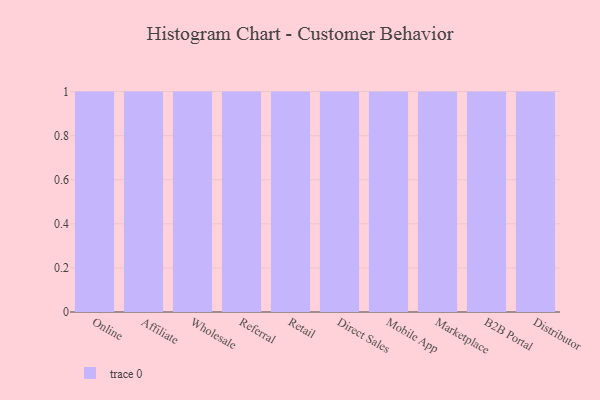
{"axis": {"x": "Channel", "y": "Population (Million)"}, "legend": [""], "data": [{"x": "Online", "y": 80, "type": ""}, {"x": "Affiliate", "y": 88, "type": ""}, {"x": "Wholesale", "y": 83, "type": ""}, {"x": "Referral", "y": 68, "type": ""}, {"x": "Retail", "y": 1, "type": ""}, {"x": "Direct Sales", "y": 77, "type": ""}, {"x": "Mobile App", "y": 27, "type": ""}, {"x": "Marketplace", "y": 88, "type": ""}, {"x": "B2B Portal", "y": 32, "type": ""}, {"x": "Distributor", "y": 15, "type": ""}]}